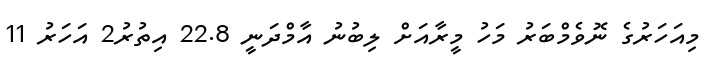
މިއަހަރުގެ ނޮވެމްބަރު މަހު މީރާއަށް ލިބުނު އާމްދަނީ 22.8 އިތުރު2 އަހަރު 11